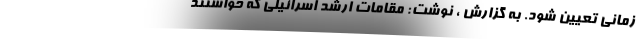
زمانی تعیین شود. به گزارش ، نوشت: مقامات ارشد اسرائیلی که خواستند